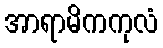
အာရာမိကကုလံ